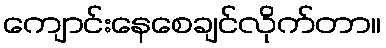
ကျောင်းနေစေချင်လိုက်တာ။